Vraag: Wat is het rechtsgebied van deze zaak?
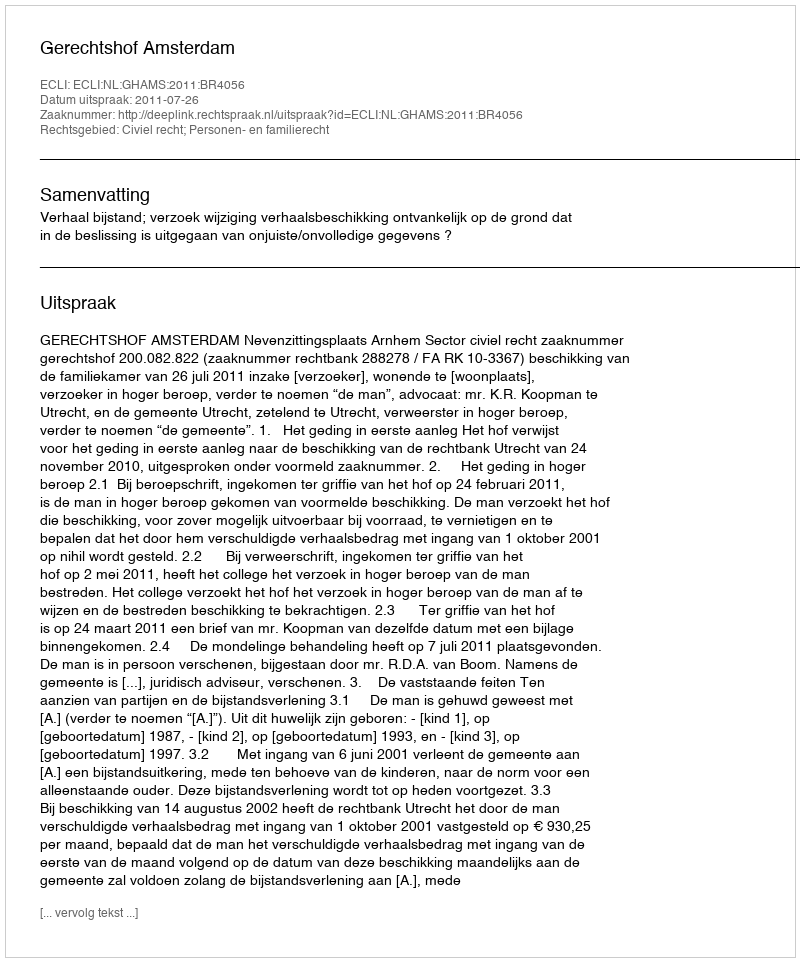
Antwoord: Civiel recht; Personen- en familierecht